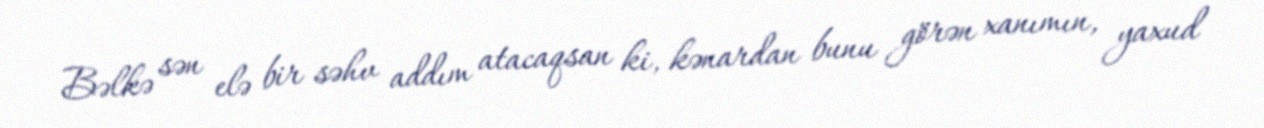
Bəlkə sən elə bir səhv addım atacaqsan ki, kənardan bunu görən xanımın, yaxud